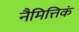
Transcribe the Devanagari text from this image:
नैमित्तिकं